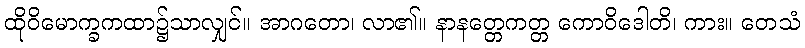
ထိုဝိမောက္ခကထာ၌သာလျှင်။ အာဂတော၊ လာ၏။ နာနတ္တေကတ္တ ကောဝိဒေါတိ၊ ကား။ တေသံ